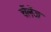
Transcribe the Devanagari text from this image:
चैंलेंज